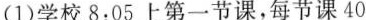
(1)学校8:05上第一节课，每节课40